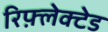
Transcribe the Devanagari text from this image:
रिफ़्लेक्टेड